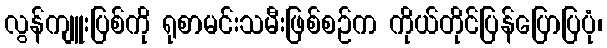
လွန်ကျူးပြစ်ကို ရုစာမင်းသမီးဖြစ်စဉ်က ကိုယ်တိုင်ပြန်ပြောပြပုံ၊